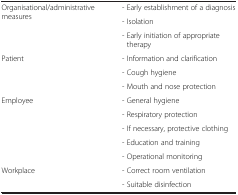
|  |  |
 | --- | --- |
 | <ROWSPAN=3> Organisational/administrative measures | - Early establishment of a diagnosis |
 | - Isolation |
 | - Early initiation of appropriate therapy |
 | <ROWSPAN=3> Patient | - Information and clarification |
 | - Cough hygiene |
 | - Mouth and nose protection |
 | <ROWSPAN=5> Employee | - General hygiene |
 | - Respiratory protection |
 | - If necessary, protective clothing |
 | - Education and training |
 | - Operational monitoring |
 | <ROWSPAN=2> Workplace | - Correct room ventilation |
 | - Suitable disinfection |